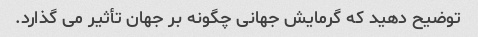
توضیح دهید که گرمایش جهانی چگونه بر جهان تأثیر می گذارد.